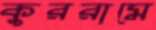
কুররামে